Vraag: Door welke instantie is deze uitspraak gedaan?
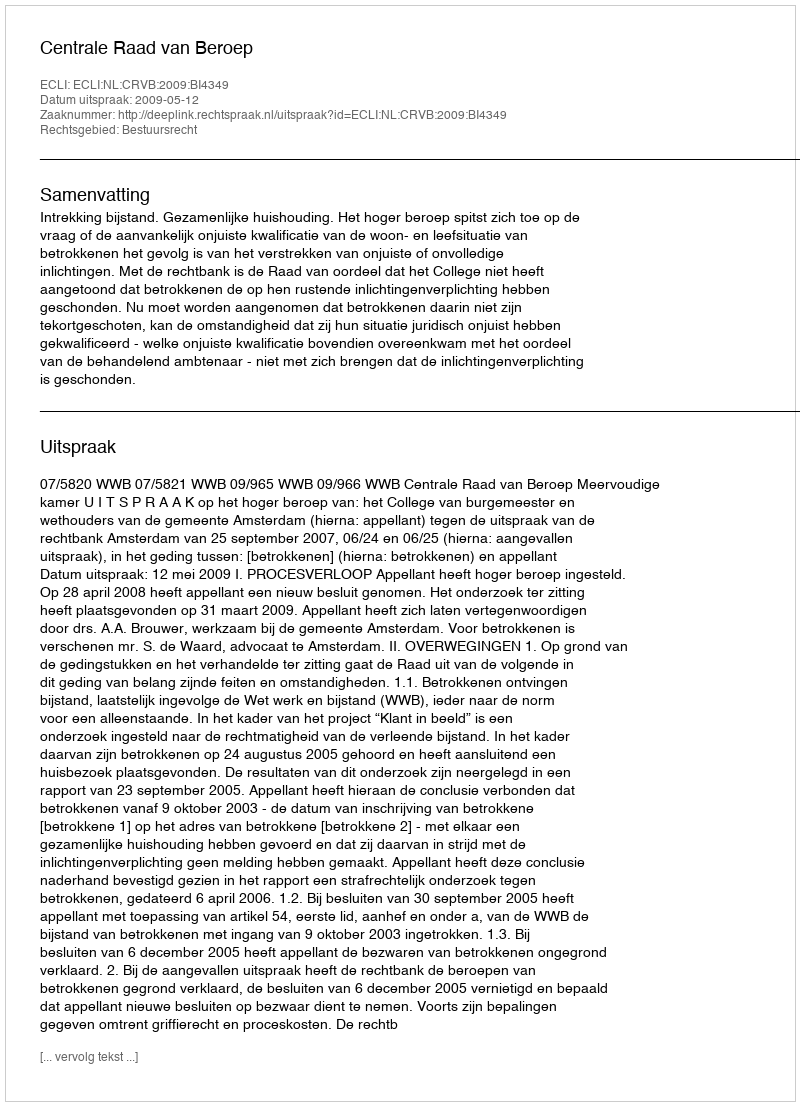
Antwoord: Centrale Raad van Beroep